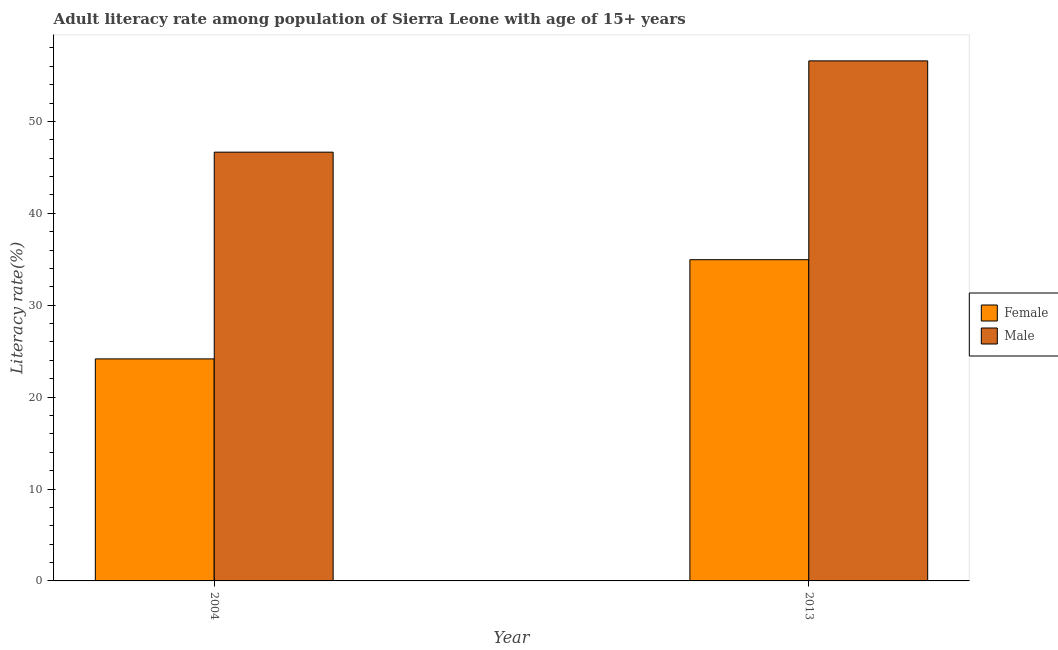
| Year | Female | Male |
 | --- | --- | --- |
 | 2004 | 24.2 | 46.7 |
 | 2013 | 35 | 56.6 |